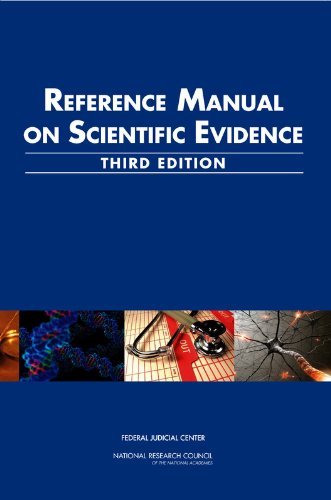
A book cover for Reference Manual on Scientific Evidence:: Third Edition; Technology, and Law Committee on Science; Law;